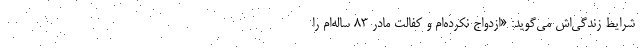
شرایط زندگی‌اش می‌گوید: «ازدواج نکرده‌ام و کفالت مادر ۸۳ ساله‌ام را